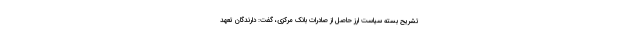
تشریح بسته سیاست ارز حاصل از صادرات بانک مرکزی، گفت: دارندگان تعهد